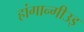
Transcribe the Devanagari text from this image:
हांगान्गीउइ